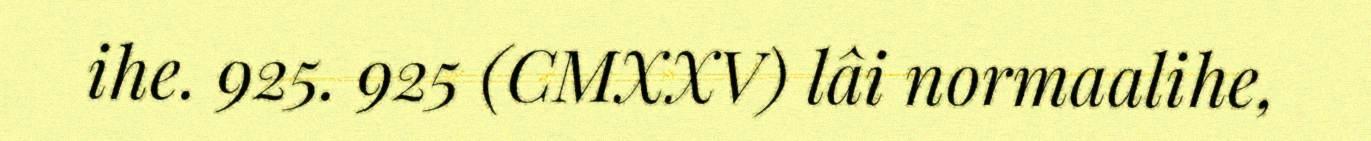
ihe. 925. 925 (CMXXV) lâi normaalihe,